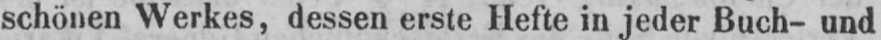
schönen Werkes, dessen erste Hefte in jeder Buch- und